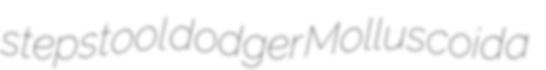
stepstool dodger Molluscoida